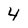
Character: 4